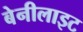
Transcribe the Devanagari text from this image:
बेनीलाइट